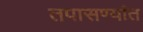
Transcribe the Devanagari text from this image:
तपासण्यांत